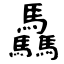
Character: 驫